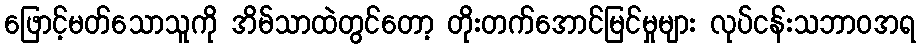
ဖြောင့်မတ်သောသူကို အိမ်သာထဲတွင်တော့ တိုးတက်အောင်မြင်မှုများ လုပ်ငန်းသဘာဝအရ